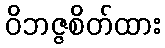
ဝိဘဇ္ဇစိတ်ထား